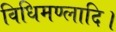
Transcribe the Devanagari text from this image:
विधिमण्लादि।